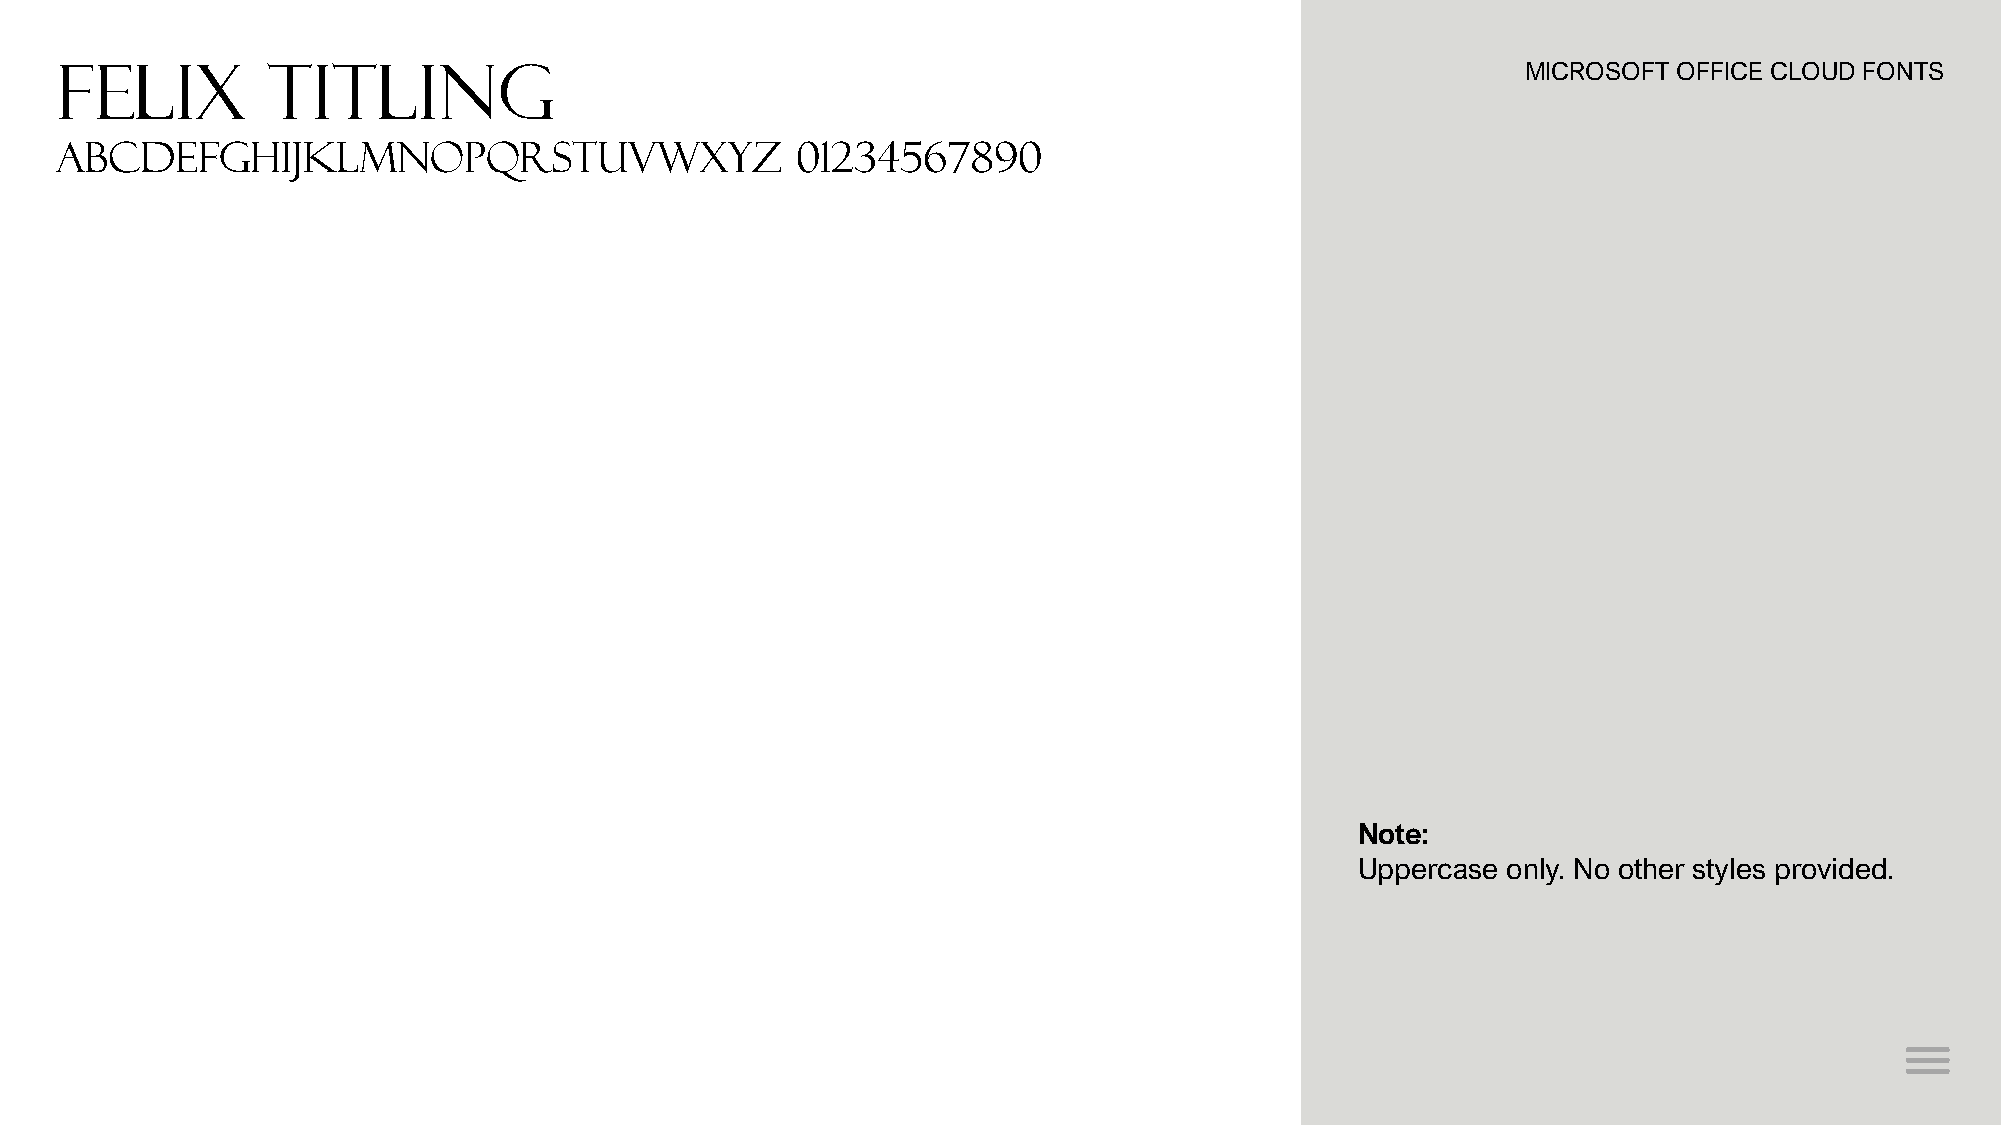
Felix         Titling
 MICROSOFT OFFICE CLOUD FONTS
 abcdefghijklmnopqrstuvwxyz                       01234567890
 Note:
 Uppercase only. No other styles provided.